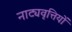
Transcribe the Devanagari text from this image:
नाट्यवृत्तियों